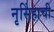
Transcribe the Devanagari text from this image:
नृसिंहाची